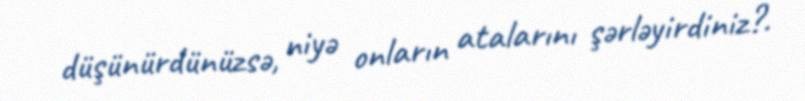
düşünürdünüzsə, niyə onların atalarını şərləyirdiniz?.